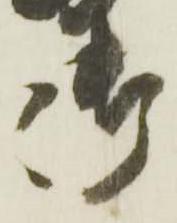
御